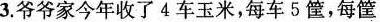
3.爷爷家今年收了4车玉米，每车5筐，每筐